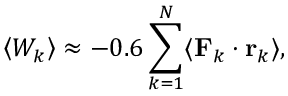
\left\langle W _ { k } \right\rangle \approx - 0 . 6 \sum _ { k = 1 } ^ { N } \langle \mathbf { F } _ { k } \cdot \mathbf { r } _ { k } \rangle ,